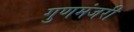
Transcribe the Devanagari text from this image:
गुणमंजरी